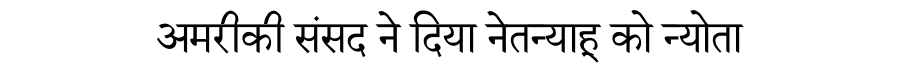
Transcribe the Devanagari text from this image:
अमरीकी संसद ने दिया नेतन्याहू को न्योता